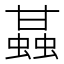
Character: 䗣